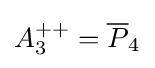
A_{3}^{++}={\overline {P}}_{4}